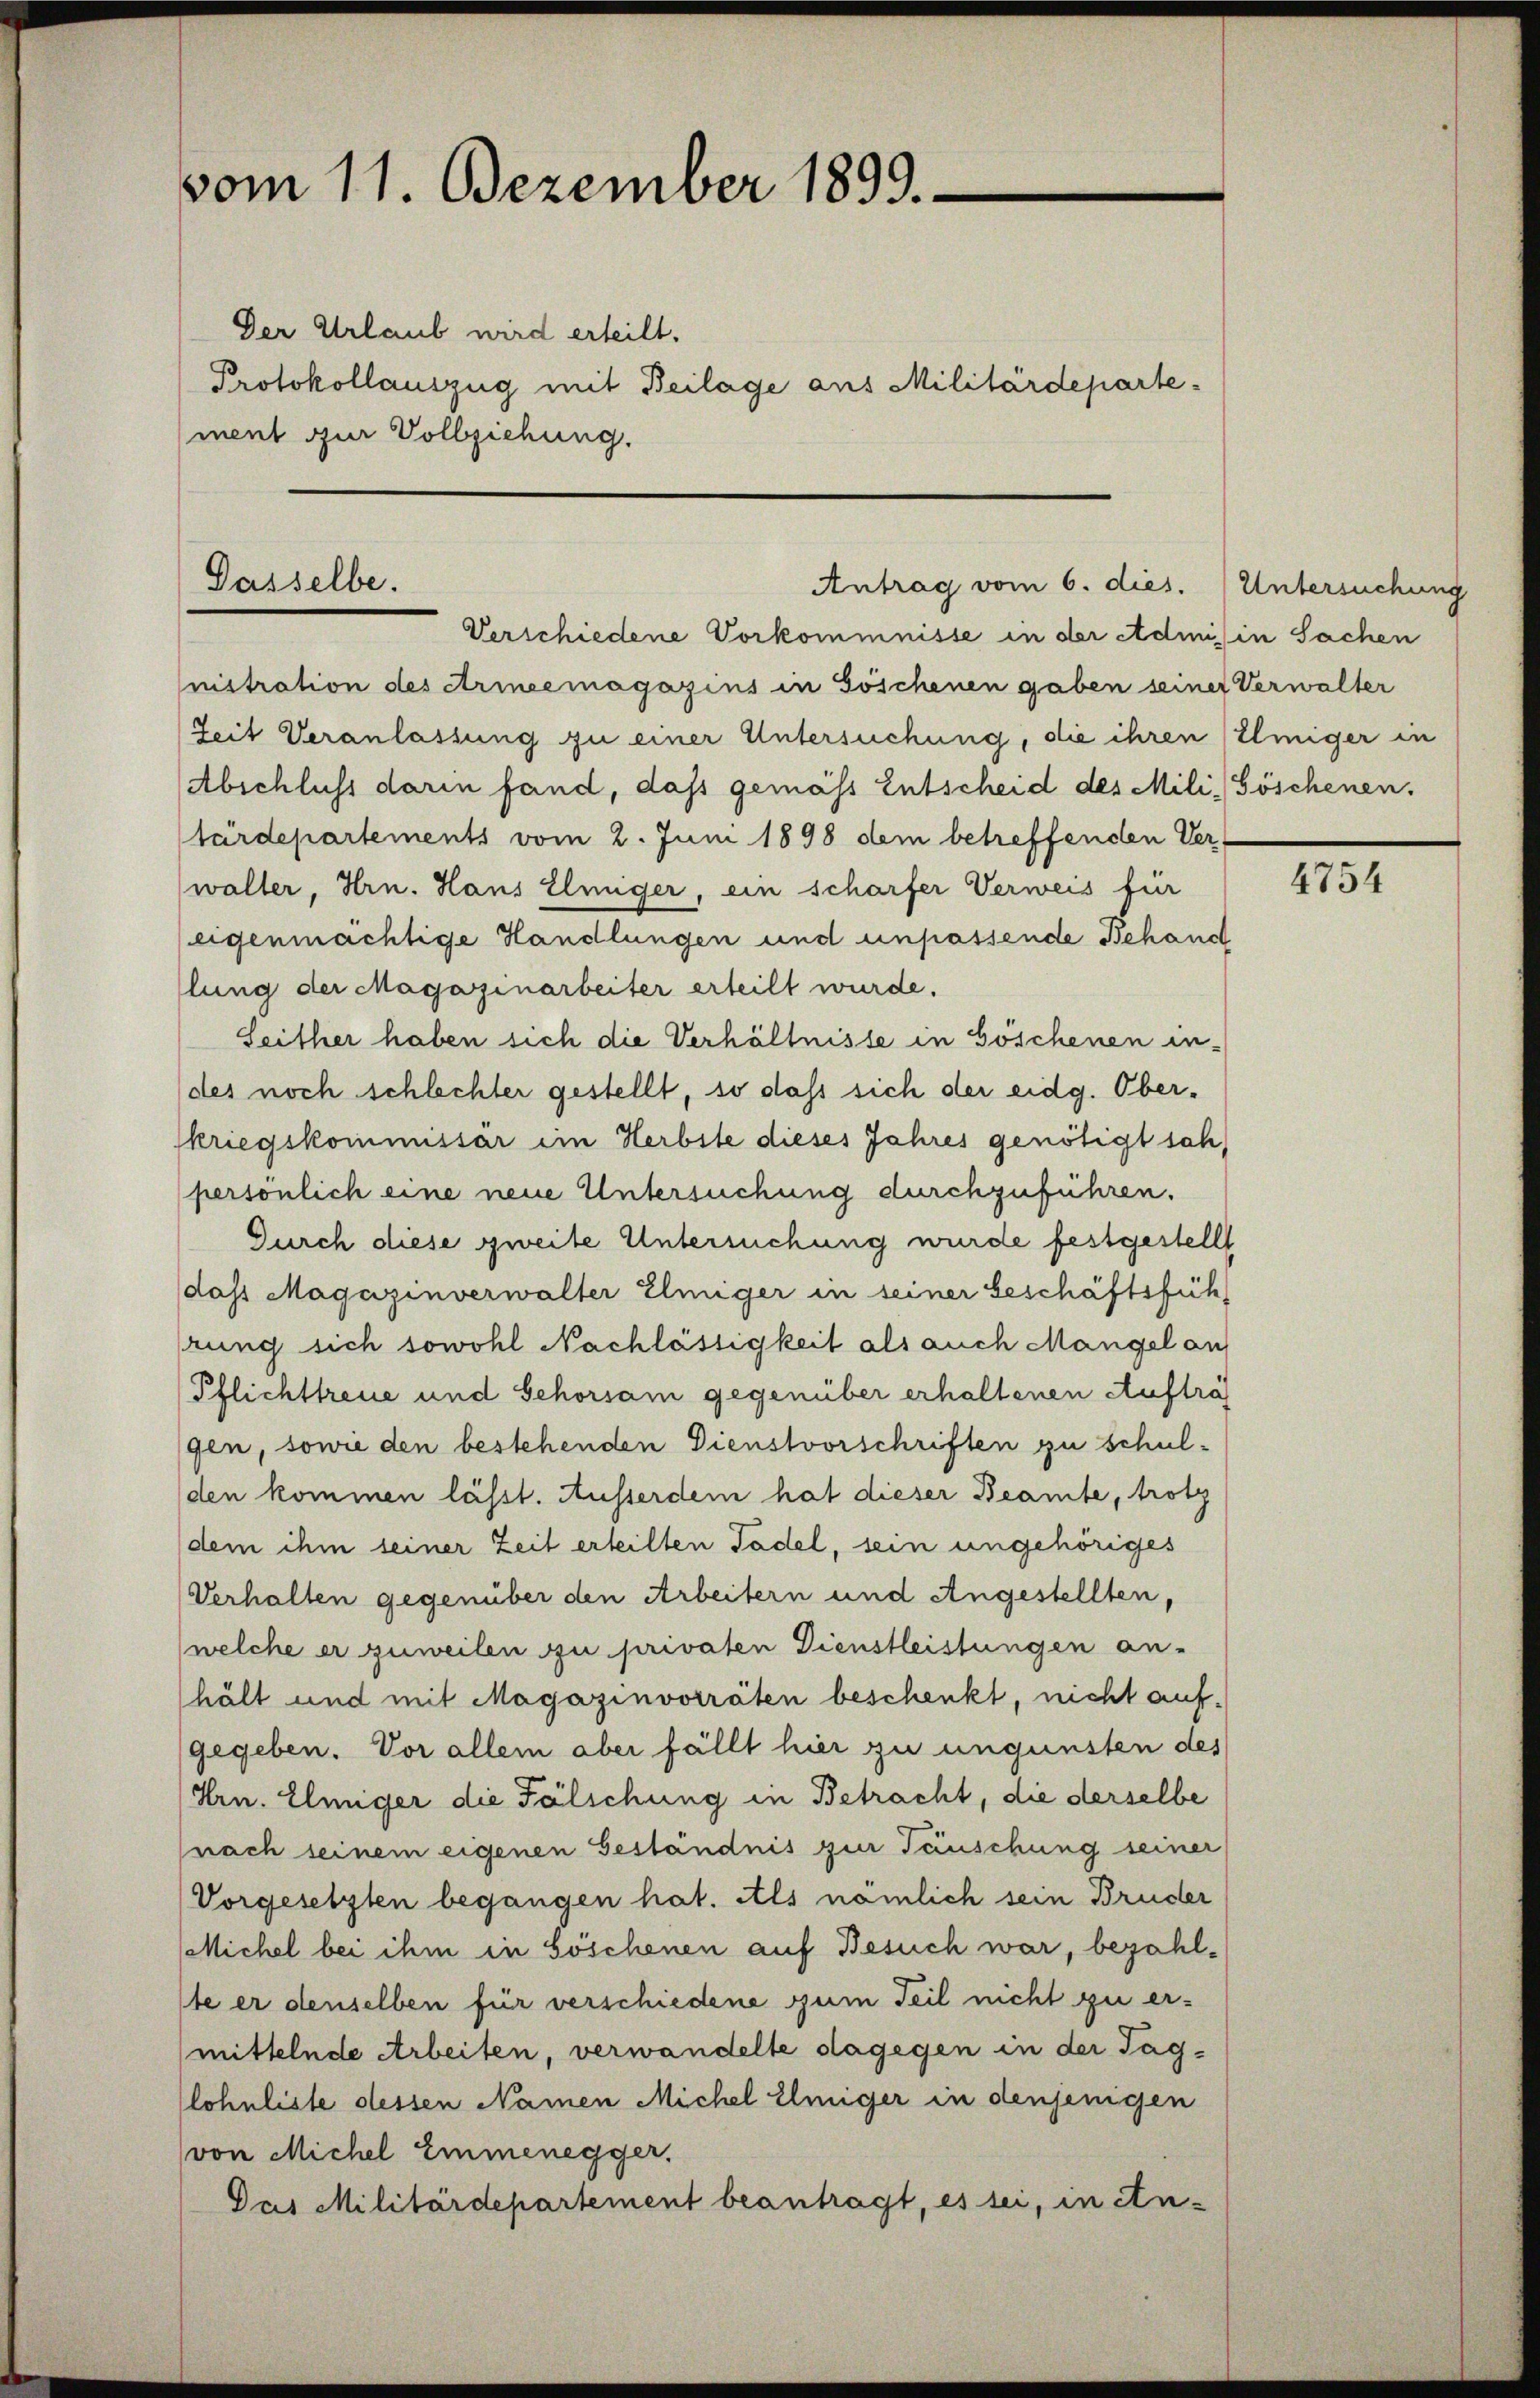
vom 11. Dezember 1899.

Der Urlaub wird erteilt.
Protokollauszug mit Beilage aus Militärdeparte-
ment zur Vollziehung.

Dasselbe.

Antrag vom 6. dies. (Untersuchung

Verschiedene Vorkommnisse in der Admis in Sachen
nistration des Arineemagazins in Göschenen gaben seiner Verwalter
Zeit Veranlassung zu einer Untersuchung, die ihren Elmiger in
Abschluss darin fand, dass gemäss Entscheid des Mili, Göschenen.
tärdepartements vom 2. Juni 1898 dem betreffenden Ver-
waller, Hrn. Hans Einiger, ein scharfer Verweis für
eigenmächtige Handlungen und unpassende Behand
llung der Magazinarbeiter erteilt wurde.
Seither haben sich die Verhältnisse in Göschenen in-
(des noch schlechter gestellt, so dass sich der eidg. Oberskriegskommissär im Herbste dieses Jahres genötigt sah,
persönlich eine neue Untersuchung durchzuführen.
Durch diese zweite Untersuchung wurde festgestellt
dass Magazinverwalter Eliiger in seiner beschäftsfüh
rung sich sowohl Nachlässigkeit als auch Mangel auf
Pflichttreue und Schorsam gegenüber erhaltenen Aufträ
gen, sowie den bestehenden Dienstvorschriften zu schulden kommen lässt. Ausserdem hat dieser Beamte, trotz
dem ihm seiner Zeit erteilten Tadel, sein ungehöriges
Verhalten gegenüber den Arbeitern und Angestellten,
(welche er zuweilen zu privaten Dienstleistungen an-
hält und mit Magazinvorräten beschenkt, nicht aufgegeben. Vor allem aber fällt hier zu ungünsten des
Hrn. Elmiger die Fälschung in Betracht, die derselbe
(nach seinem eigenen Geständnis zur Täuschung seiner
Vorgesetzten begangen hat. Als nämlich sein Bruder
Michel bei ihm in Göschenen auf Besuch war, bezahlste er denselben für verschiedene zum Teil nicht zu ermittelnde Arbeiten, verwandelte dagegen in der Taglohnliste dessen Namen Michel Elmiger in denjenigen
(von Michel Emmenegger,
Das Militärdepartement beantragt, es sei, in ein-

4754